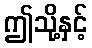
ဤသို့နှင့်